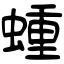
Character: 蝩